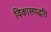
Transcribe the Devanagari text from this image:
विकासपद्धति